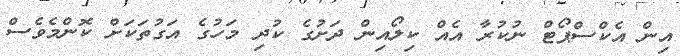
އިން އެކްސްޕޯޓް ނުކުރާ އެއް ކިލޯއިން ދަށުގެ ކުދި މަހުގެ އަގުތަކަށް ކޮންމެވެސް